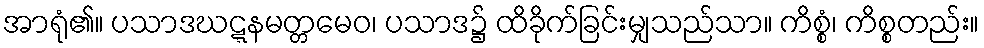
အာရုံ၏။ ပသာဒဃဋ္ဋနမတ္တမေဝ၊ ပသာဒ၌ ထိခိုက်ခြင်းမျှသည်သာ။ ကိစ္စံ၊ ကိစ္စတည်း။